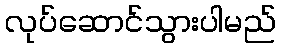
လုပ်ဆောင်သွားပါမည်